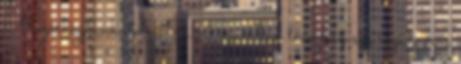
Megérkeztünk volna? A szemben lévő ház egy régi, poros